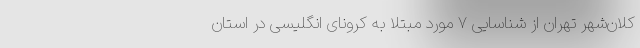
کلان‌شهر تهران از شناسایی ۷ مورد مبتلا به کرونای انگلیسی در استان